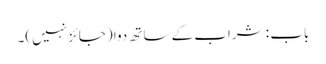
باب : شراب کے ساتھ دوا (جائز نہیں)۔